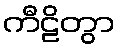
ကီဠိတွာ